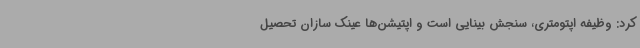
کرد: وظیفه اپتومتری، سنجش بینایی است و اپتیشن‌ها عینک سازان تحصیل